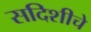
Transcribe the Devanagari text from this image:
सदिशीचे